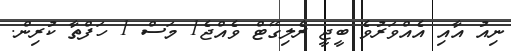
ނިއު އާއި އެއްވަރުވެ ބީޖީ ރެލިގޭޓް ވެއްޖެ1 މަސް 1 ހަފްތާ ކުރިން.